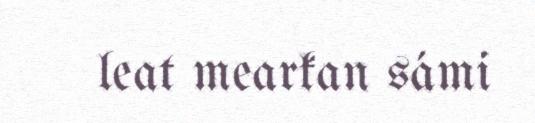
leat mearkan sámi